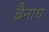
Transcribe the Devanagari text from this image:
ब्रैनाघ